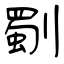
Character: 劅